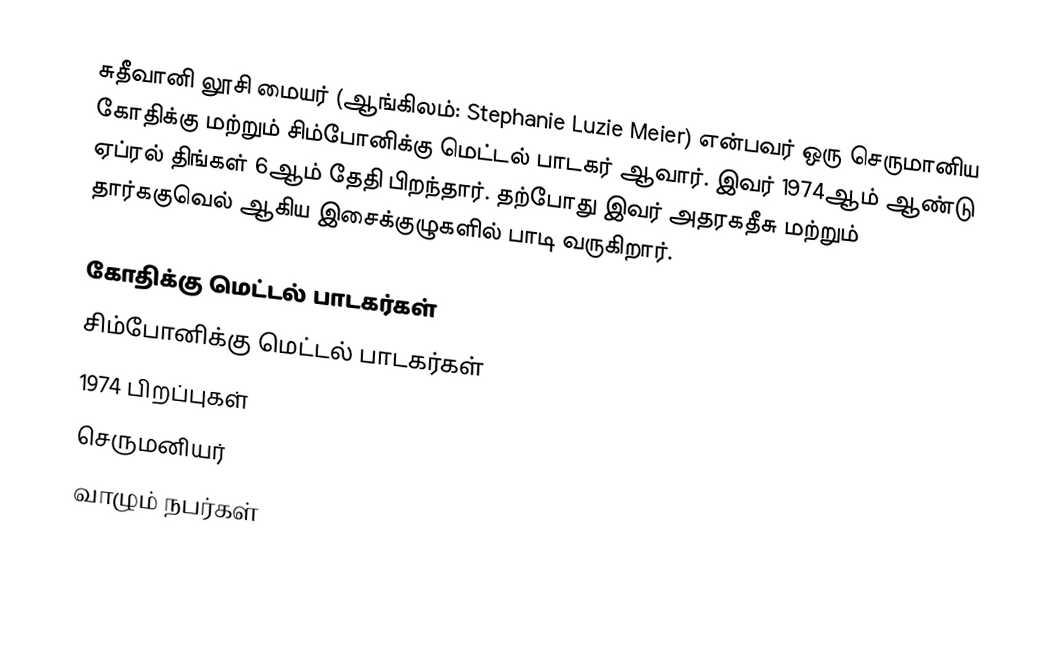
சுதீவானி லூசி மையர் (ஆங்கிலம்: Stephanie Luzie Meier) என்பவர் ஒரு செருமானிய கோதிக்கு மற்றும் சிம்போனிக்கு மெட்டல் பாடகர் ஆவார். இவர் 1974ஆம் ஆண்டு ஏப்ரல் திங்கள் 6ஆம் தேதி பிறந்தார். தற்போது இவர் அதரகதீசு மற்றும் தார்ககுவெல் ஆகிய இசைக்குழுகளில் பாடி வருகிறார்.

கோதிக்கு மெட்டல் பாடகர்கள்
சிம்போனிக்கு மெட்டல் பாடகர்கள்
1974 பிறப்புகள்
செருமனியர்
வாழும் நபர்கள்